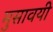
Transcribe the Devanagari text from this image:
मुसावयी